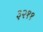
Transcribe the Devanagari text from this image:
३२११